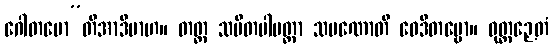
ဂေါတမော”တိအာဒိမာဟ။ တတ္ထ သမိတပါပတ္တာ သမဏောတိ ဝေဒိတဗ္ဗော။ ဝုတ္တဉှေတံ